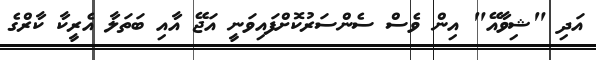
އަދި "ޝިވާއޭ" އިން ވެސް ސެންސަރުކޮށްފައިވަނީ އަޖޭ އާއި ބަތަލާ އެރީކާ ކާރްގެ